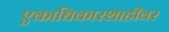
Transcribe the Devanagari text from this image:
एकाधिकारशाहीवर